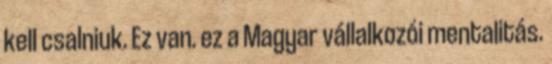
kell csalniuk. Ez van. ez a Magyar vállalkozói mentalitás.